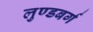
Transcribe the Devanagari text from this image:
लुण्डबर्ग